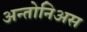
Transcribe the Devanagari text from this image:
अन्तोनिअस